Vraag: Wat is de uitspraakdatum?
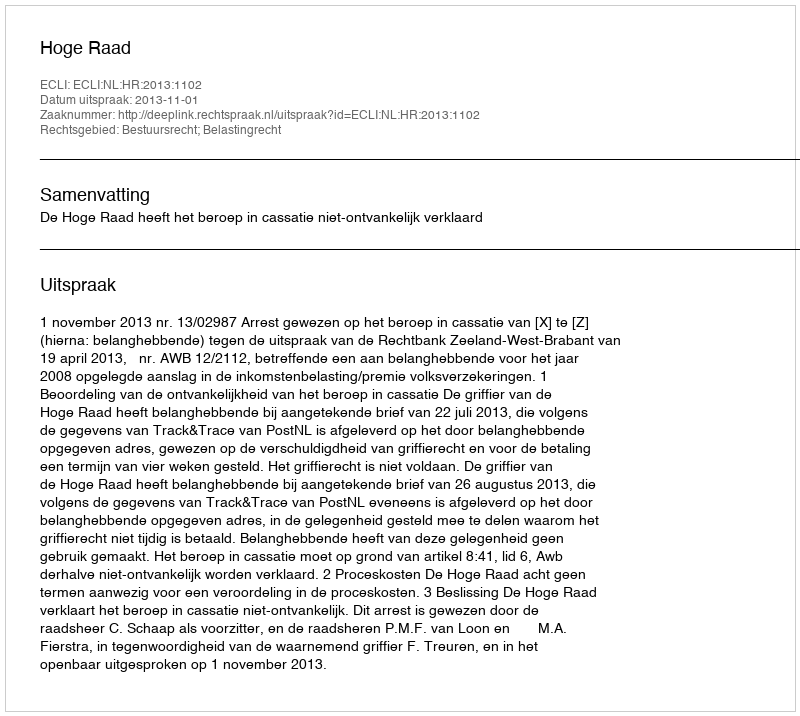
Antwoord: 2013-11-01